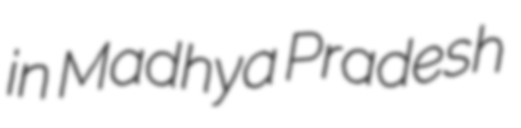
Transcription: in Madhya Pradesh